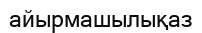
айырмашылықаз